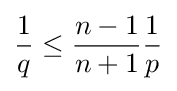
{\frac {1}{q}}\leq {\frac {n-1}{n+1}}{\frac {1}{p}}